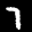
Label: 7